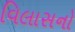
વિલાસનો